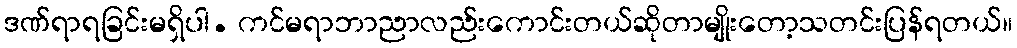
ဒဏ်ရာရခြင်းမရှိပါ. ကင်မရာဘာညာလည်းကောင်းတယ်ဆိုတာမျိုးတော့သတင်းပြန်ရတယ်။